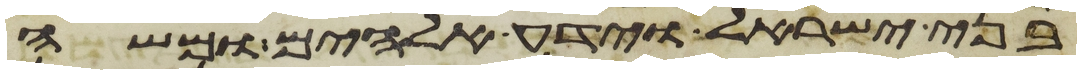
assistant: בני ישראל וידע אלהים ומשה